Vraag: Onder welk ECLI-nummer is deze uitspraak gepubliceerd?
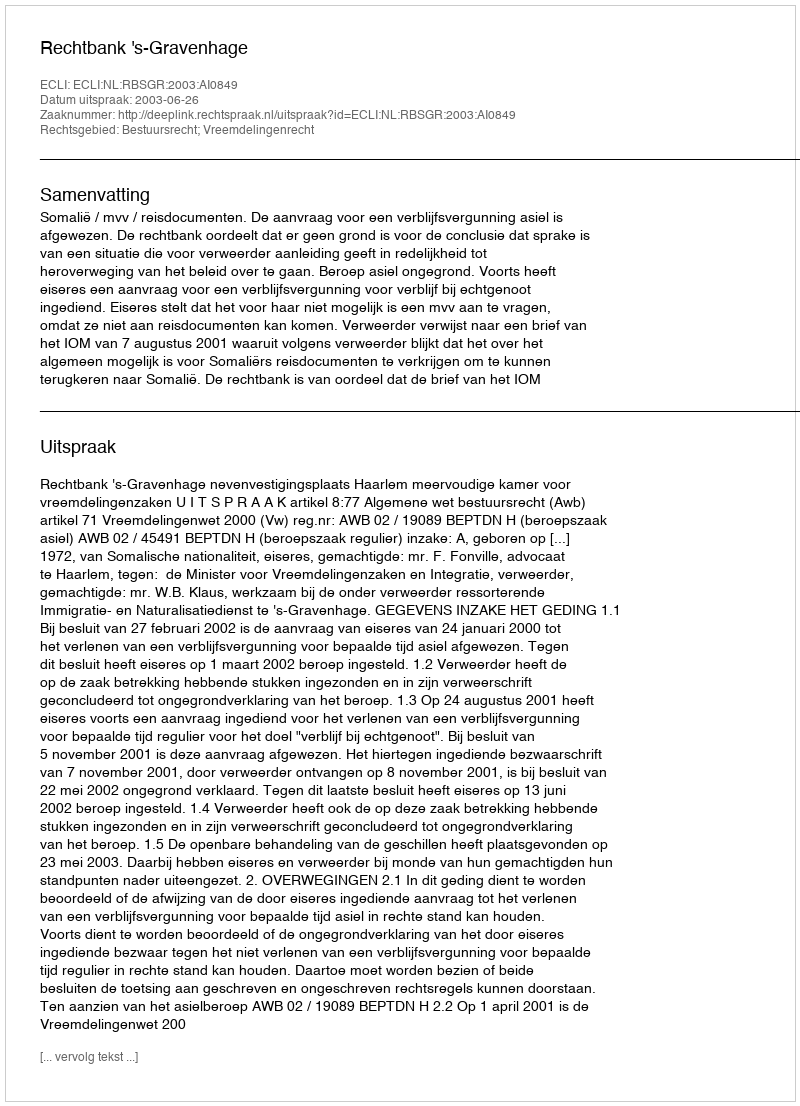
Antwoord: ECLI:NL:RBSGR:2003:AI0849